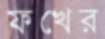
ফখের